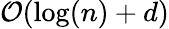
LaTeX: {\mathcal{O}}(\log(n)+d)